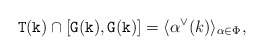
\begin{align*}\mathtt{T}(\mathtt{k})\cap [\mathtt{G}(\mathtt{k}), \mathtt{G}(\mathtt{k})]=\langle \alpha^\vee(k) \rangle_{\alpha \in \Phi},\end{align*}